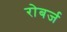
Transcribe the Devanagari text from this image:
रोबर्ज